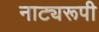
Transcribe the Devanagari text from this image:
नाट्यरूपी